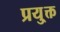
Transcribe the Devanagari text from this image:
प्रयु्क्त